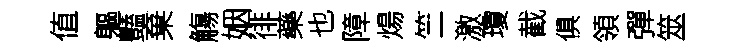
值軀豔棄觴姻徘藥也障煬竺激瓊截俱領彈筮